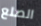
الصلع